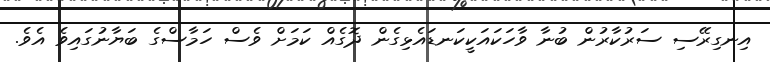
އިނގިރޭސި ސަރުކާރުން ބުނާ ވާހަކައަކީކަނޑައެޅިގެން ދޮގެއް ކަމަށް ވެސް ހަމާސްގެ ބަޔާނުގައިވެ އެވެ.